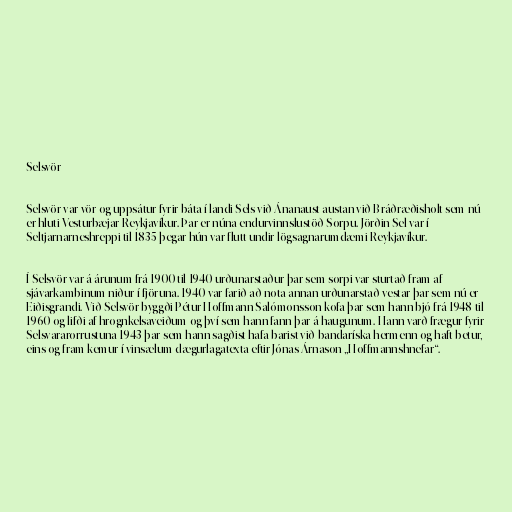
Selsvör

Selsvör var vör og uppsátur fyrir báta í landi Sels við Ánanaust austan við Bráðræðisholt sem nú
er hluti Vesturbæjar Reykjavíkur. Þar er núna endurvinnslustöð Sorpu. Jörðin Sel var í
Seltjarnarneshreppi til 1835 þegar hún var flutt undir lögsagnarumdæmi Reykjavíkur.

Í Selsvör var á árunum frá 1900 til 1940 urðunarstaður þar sem sorpi var sturtað fram af
sjávarkambinum niður í fjöruna. 1940 var farið að nota annan urðunarstað vestar þar sem nú er
Eiðisgrandi. Við Selsvör byggði Pétur Hoffmann Salómonsson kofa þar sem hann bjó frá 1948 til
1960 og lifði af hrognkelsaveiðum og því sem hann fann þar á haugunum. Hann varð frægur fyrir
Selsvararorrustuna 1943 þar sem hann sagðist hafa barist við bandaríska hermenn og haft betur,
eins og fram kemur í vinsælum dægurlagatexta eftir Jónas Árnason „Hoffmannshnefar“.